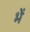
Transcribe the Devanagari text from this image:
भें